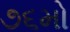
૭૬મો